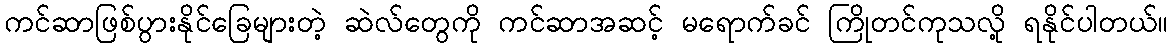
ကင်ဆာဖြစ်ပွားနိုင်ခြေများတဲ့ ဆဲလ်တွေကို ကင်ဆာအဆင့် မရောက်ခင် ကြိုတင်ကုသလို့ ရနိုင်ပါတယ်။